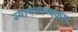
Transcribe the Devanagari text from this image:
न्यायभाष्यकार